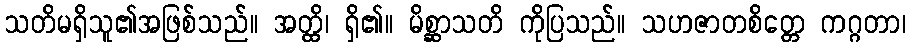
သတိမရှိသူ၏အဖြစ်သည်။ အတ္ထိ၊ ရှိ၏။ မိစ္ဆာသတိ ကိုပြသည်။ သဟဇာတစိတ္တေ ကဂ္ဂတာ၊